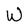
Character: W